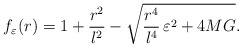
\begin{align*}f_{\varepsilon}(r) = 1 + {r^2 \over l^2} - \sqrt{ { r^4 \over l^4} \,\varepsilon^2 + 4 M G }. \end{align*}